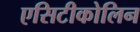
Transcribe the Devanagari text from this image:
एसिटीकोलिन